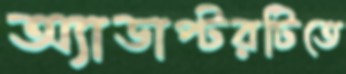
অ্যাডাপ্টরটিতে